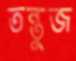
তন্তুজ